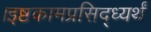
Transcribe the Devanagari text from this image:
।इष्टकामप्रसिद्ध्यर्थं